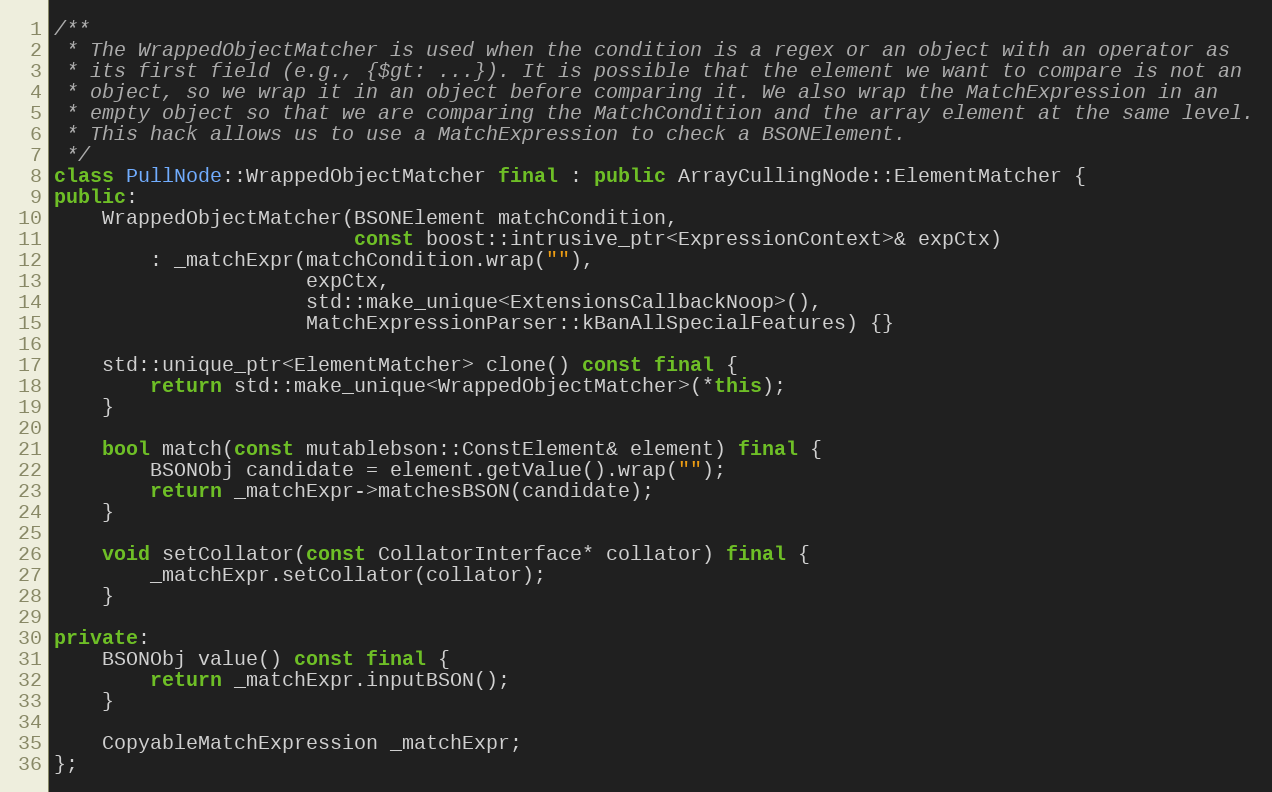
Language: C++
/**
 * The WrappedObjectMatcher is used when the condition is a regex or an object with an operator as
 * its first field (e.g., {$gt: ...}). It is possible that the element we want to compare is not an
 * object, so we wrap it in an object before comparing it. We also wrap the MatchExpression in an
 * empty object so that we are comparing the MatchCondition and the array element at the same level.
 * This hack allows us to use a MatchExpression to check a BSONElement.
 */
class PullNode::WrappedObjectMatcher final : public ArrayCullingNode::ElementMatcher {
public:
    WrappedObjectMatcher(BSONElement matchCondition,
                         const boost::intrusive_ptr<ExpressionContext>& expCtx)
        : _matchExpr(matchCondition.wrap(""),
                     expCtx,
                     std::make_unique<ExtensionsCallbackNoop>(),
                     MatchExpressionParser::kBanAllSpecialFeatures) {}

    std::unique_ptr<ElementMatcher> clone() const final {
        return std::make_unique<WrappedObjectMatcher>(*this);
    }

    bool match(const mutablebson::ConstElement& element) final {
        BSONObj candidate = element.getValue().wrap("");
        return _matchExpr->matchesBSON(candidate);
    }

    void setCollator(const CollatorInterface* collator) final {
        _matchExpr.setCollator(collator);
    }

private:
    BSONObj value() const final {
        return _matchExpr.inputBSON();
    }

    CopyableMatchExpression _matchExpr;
};